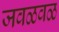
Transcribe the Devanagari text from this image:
जवळवळ